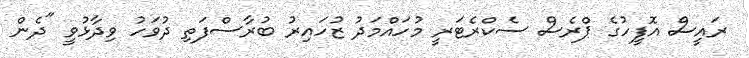
ރައީސް އޮފީހުގެ ޕްރެސް ސެކްރެޓަރީ މުހައްމަދު ޒުހައިރު ބުރާސްފަތި ދުވަހު ވިދާޅުވީ "ދެން